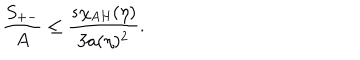
{ \frac { S _ { + - } } { A } } \leq { \frac { s \chi _ { \mathrm { A H } } ( \eta ) } { 3 a ( \eta ) ^ { 2 } } } .